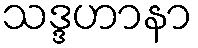
သဒ္ဒဟာနာ